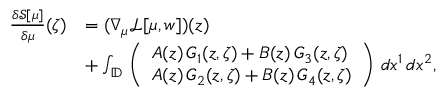
\begin{array} { r l } { \frac { \delta \mathcal { S } [ \mu ] } { \delta \mu } ( \zeta ) } & { = ( \nabla _ { \mu } \mathcal { L } [ \mu , w ] ) ( z ) } \\ & { + \int _ { \mathbb { D } } \, \left( \begin{array} { l } { A ( z ) \, G _ { 1 } ( z , \zeta ) + B ( z ) \, G _ { 3 } ( z , \zeta ) } \\ { A ( z ) \, G _ { 2 } ( z , \zeta ) + B ( z ) \, G _ { 4 } ( z , \zeta ) } \end{array} \right) \, d x ^ { 1 } \, d x ^ { 2 } , } \end{array}